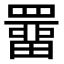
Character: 𮊚